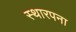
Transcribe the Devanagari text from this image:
स्थारपना